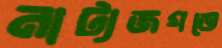
নাট্যজগতে